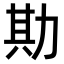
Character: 𫦮